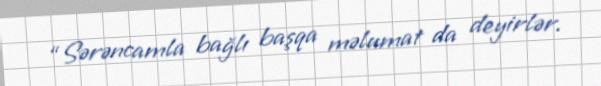
“Sərəncamla bağlı başqa məlumat da deyirlər.